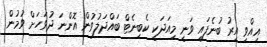
އިއްވި އިރު ބުނެފައި ވަނީ މިއަދަކީ ކެބިނެޓް ބައްދަލުވުން އޮންނަ ދުވަހަށް ވުމުން